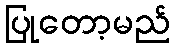
ပြုတော့မည်